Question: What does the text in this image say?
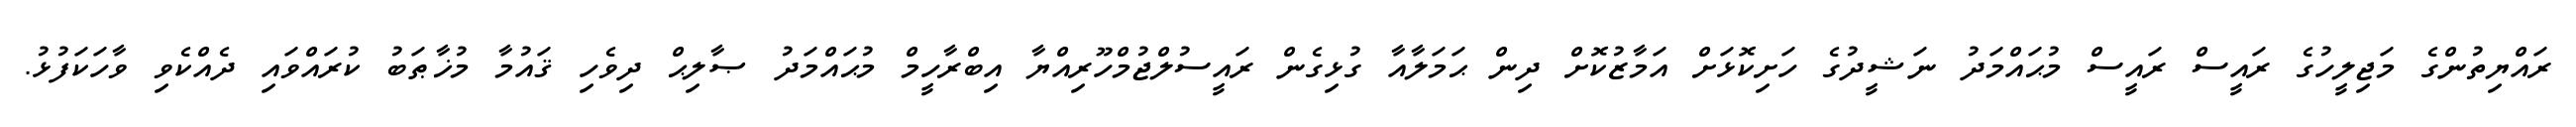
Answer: ރައްޔިތުންގެ މަޖިލީހުގެ ރައީސް ރައީސް މުޙައްމަދު ނަޝީދުގެ ހަށިކޮޅަށް އަމާޒުކޮށް ދިން ޙަމަލާއާ ގުޅިގެން ރައީސުލްޖުމްހޫރިއްޔާ އިބްރާހީމް މުޙައްމަދު ޞާލިޙް ދިވެހި ޤައުމާ މުޚާޠަބު ކުރައްވައި ދެއްކެވި ވާހަކަފުޅު.